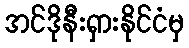
အင်ဒိုနီးရှားနိုင်ငံမှ